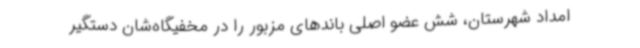
امداد شهرستان، شش عضو اصلی باندهای مزبور را در مخفیگاه‌شان دستگیر